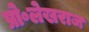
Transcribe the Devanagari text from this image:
प्रो॰लेखराज